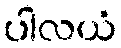
ပါလယံ